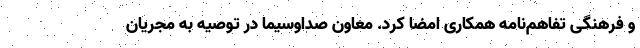
و فرهنگی تفاهم‌نامه همکاری امضا کرد. معاون صداوسیما در توصیه به مجریان